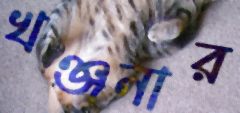
খঞ্জনার